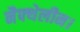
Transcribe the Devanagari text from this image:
नैफ्थेलीन।